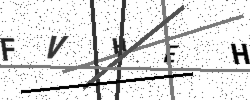
Text: FVHEH